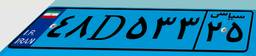
۰۶D۶۳۵۲۱